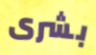
بشرى